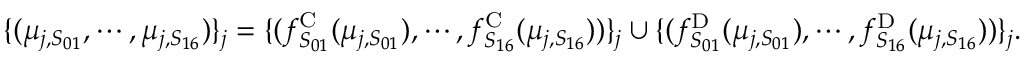
\begin{array} { r } { \{ ( \mu _ { j , S _ { 0 1 } } , \cdots , \mu _ { j , S _ { 1 6 } } ) \} _ { j } = \{ ( f _ { S _ { 0 1 } } ^ { \mathrm { C } } ( \mu _ { j , S _ { 0 1 } } ) , \cdots , f _ { S _ { 1 6 } } ^ { \mathrm { C } } ( \mu _ { j , S _ { 1 6 } } ) ) \} _ { j } \cup \{ ( f _ { S _ { 0 1 } } ^ { \mathrm { D } } ( \mu _ { j , S _ { 0 1 } } ) , \cdots , f _ { S _ { 1 6 } } ^ { \mathrm { D } } ( \mu _ { j , S _ { 1 6 } } ) ) \} _ { j } . } \end{array}